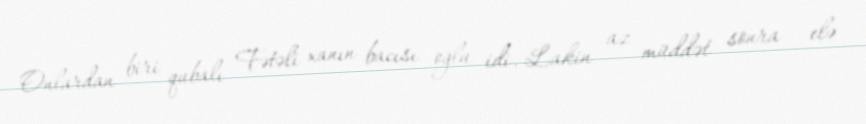
Onlardan biri qubalı Fətəli xanın bacısı oğlu idi. Lakin az müddət sonra – elə